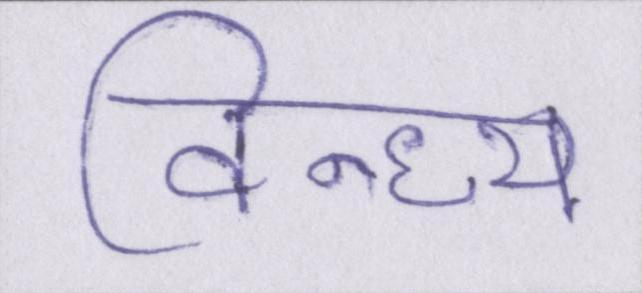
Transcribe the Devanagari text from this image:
विन्ध्य